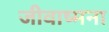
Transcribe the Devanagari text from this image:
जीवाष्मना